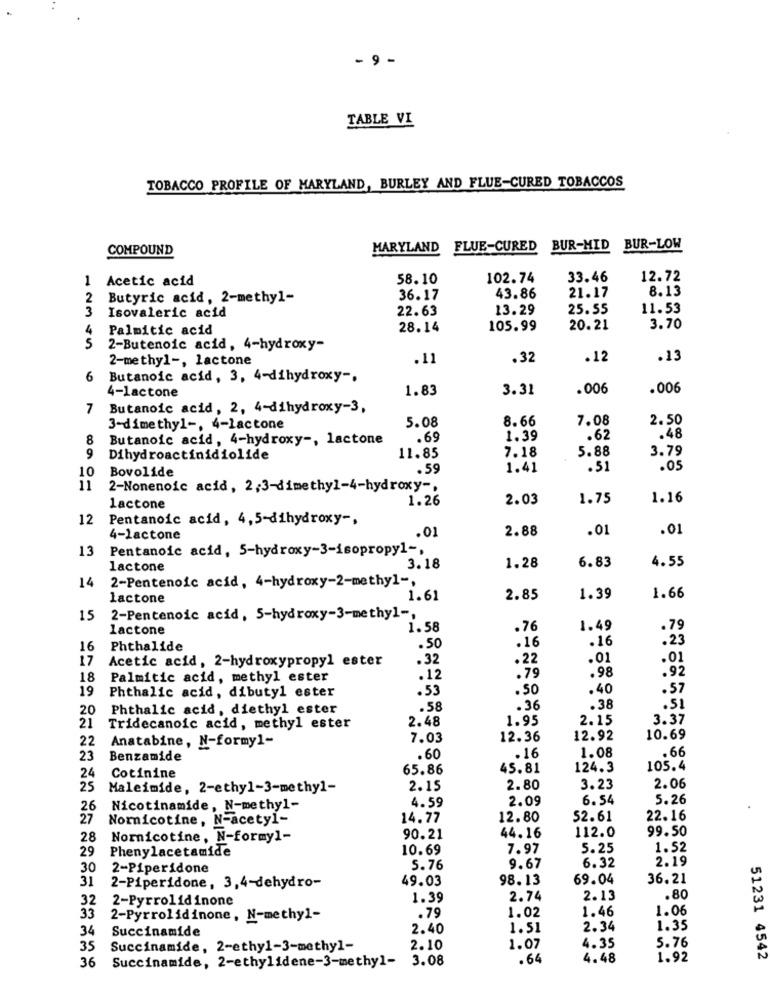
- 9 -
TABLE VI
TOBACCO PROFILE OF MARYLAND, BURLEY AND FLUE-CURED TOBACCOS
COMPOUND
MARYLAND FLUE-CURED BUR-MID
BUR-LOW
1
Acetic acid
58.10
102.74
33.46
12.72
8.13
2
Butyric acid, 2-methyl-
36.17
43.86
21.17
3
22.63
13.29
25.55
11.53
Isovaleric acid
4
Palmitic acid
28.14
105.99
20.21
3.70
S
2-Butenoic acid, 4-hydroxy-
2-methyl -, lactone
.11
.32
.12
.13
6
Butanoic acid, 3, 4-dihydroxy -.
4-lactone
1.83
3.31
.006
.006
7
Butanoic acid, 2, 4-dihydroxy-3,
8.66
7.08
2.50
3-dimethyl -, 4-lactone
5.08
8
Butanoic acid, 4-hydroxy -, lactone
.69
1.39
.62
.48
7.18
5.88
3.79
9
Dihydroactinidiolide
11.85
Bovolide
.59
1.41
.51
.05
10
11
2-Nonenoic acid, 2,3-dimethyl-4-hydroxy -,
1.26
2.03
1.75
1.16
lactone
12
Pentanoic acid, 4, 5-dihydroxy -,
.01
2.88
.01
.01
4-lactone
13
Pentanoic acid, 5-hydroxy-3-isopropyl -,
6.83
4.55
lactone
3.18
1.28
14
2-Pentenoic acid, 4-hydroxy-2-methyl -,
lactone
1.61
2.85
1.39
1.66
15
2-Pentenoic acid, 5-hydroxy-3-methyl-
lactone
1.58
.76
1.49
.79
.16
.16
.23
16
Phthalide
.50
17
Acetic acid, 2-hydroxypropyl ester
.32
.22
.01
.01
.79
.92
18
Palmitic acid, methyl ester
.12
.98
19
.53
.50
.40
.57
Phthalic acid, dibutyl ester
20
Phthalic acid, diethyl ester
.58
.36
.38
.51
21
1.95
2.15
3.37
Tridecanoic acid, methyl ester
2.48
22
Anatabine, N-formy1-
7.03
12.36
12.92
10.69
1.08
.66
23
Benzamide
.60
.16
24
65.86
45.81
124.3
105.4
Cotinine
25
Maleimide, 2-ethyl-3-methyl-
2.15
2.80
3.23
2.06
4.59
2.09
6.54
5.26
26
Nicotinamide, N-methyl-
27
Nornicotine, N-acetyl-
14.77
12.80
52.61
22.16
44.16
112.0
99.50
28
Nornicotine, N-formy1-
90.21
29
Phenylacetamide
10.69
7.97
5.25
1.52
2.19
30
2-Piperidone
5.76
9.67
6.32
31
2-Piperidone, 3,4-dehydro-
49.03
98.13
69.04
36.21
32
2-Pyrrolidinone
1.39
2.74
2.13
.80
.79
1.02
1.46
1.06
33
2-Pyrrolidinone, N-methyl-
34
Succinamide
2.40
1.51
2.34
1.35
5.76
35
Succinamide, 2-ethy1-3-methyl-
2.10
1.07
4.35
36
Succinamide, 2-ethylidene-3-methyl- 3.08
.64
4.48
1.92
51231 4542